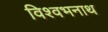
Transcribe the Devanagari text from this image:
विश्वभनाथ